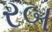
રબ